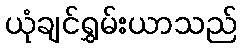
ယုံချင်ရွှမ်းယာသည်